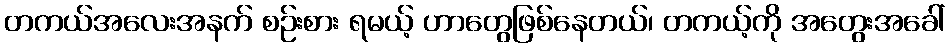
တကယ်အလေးအနက် စဉ်းစား ရမယ့် ဟာတွေဖြစ်နေတယ်၊ တကယ့်ကို အတွေးအခေါ်